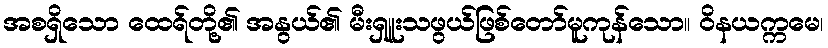
အစရှိသော ထေရ်တို့၏ အနွယ်၏ မီးရှူးသဖွယ်ဖြစ်တော်မူကုန်သော။ ဝိနယက္ကမေ၊